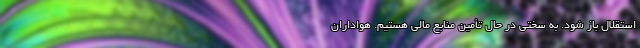
استقلال باز شود. به سختی در حال تأمین منابع مالی هستیم. هواداران